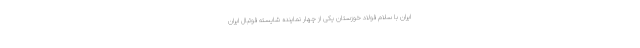
ایران با سلام فولاد خوزستان یکی از چهار نماینده شایسته فوتبال ایران